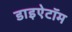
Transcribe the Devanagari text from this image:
डाइऐटॉम